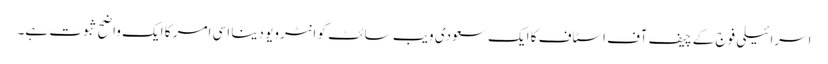
اسرائیلی فوج کے چیف آف اسٹاف کا ایک سعودی ویب سائٹ کو انٹرویو دینا اسی امر کا ایک واضح ثبوت ہے۔